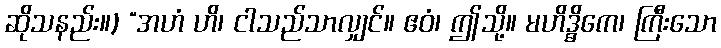
ဆိုသနည်း။) “အဟံ ဟိ၊ ငါသည်သာလျှင်။ ဧဝံ၊ ဤသို့။ မဟိဒ္ဓိကေ၊ ကြီးသော